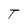
Character: T